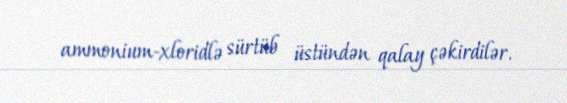
ammonium-xloridlə sürtüb üstündən qalay çəkirdilər.